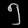
Digit: ၅